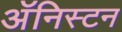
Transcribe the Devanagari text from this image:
अॅनिस्टन